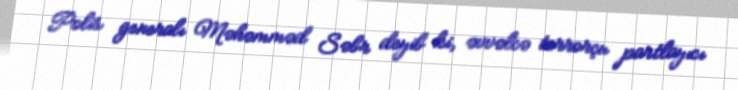
Polis generalı Məhəmməd Səbr deyib ki, əvvəlcə terrorçu partlayıcı